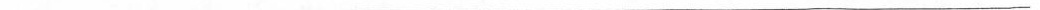
___